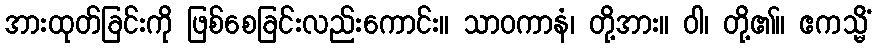
အားထုတ်ခြင်းကို ဖြစ်စေခြင်းလည်းကောင်း။ သာဝကာနံ၊ တို့အား။ ဝါ၊ တို့၏။ ဧကသ္မိံ